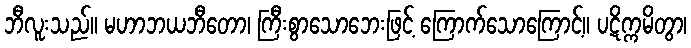
ဘီလူးသည်။ မဟာဘယဘီတော၊ ကြီးစွာသောဘေးဖြင့် ကြောက်သောကြောင့်။ ပဋိက္ကမိတွာ၊